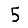
Digit: 5